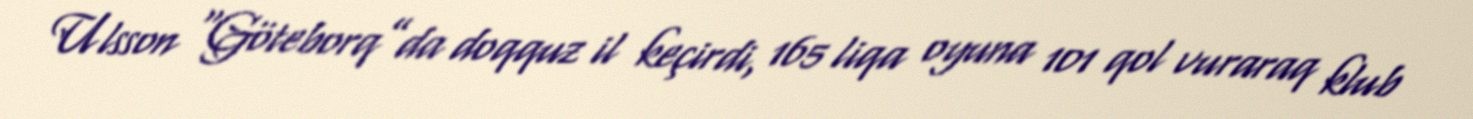
Ulsson “Göteborq”da doqquz il keçirdi, 165 liqa oyuna 101 qol vuraraq klub